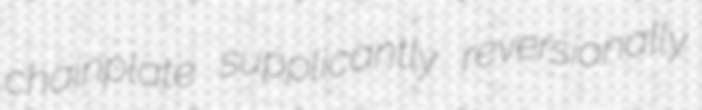
chainplate supplicantly reversionally